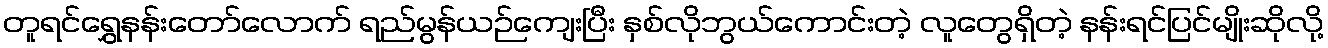
တူရင်ရွှေနန်းတော်လောက် ရည်မွန်ယဉ်ကျေးပြီး နှစ်လိုဘွယ်ကောင်းတဲ့ လူတွေရှိတဲ့ နန်းရင်ပြင်မျိုးဆိုလို့